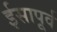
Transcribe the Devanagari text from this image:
र्इसापूर्व